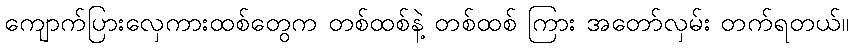
ကျောက်ပြားလှေကားထစ်တွေက တစ်ထစ်နဲ့ တစ်ထစ် ကြား အတော်လှမ်း တက်ရတယ်။